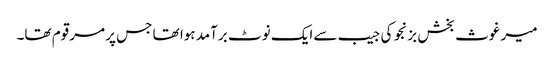
میر غوث بخش بزنجو کی جیب سے ایک نوٹ برآمد ہوا تھا جس پر مرقوم تھا۔